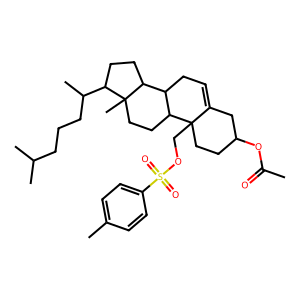
SMILES: CC(=O)OC1CCC2(COS(=O)(=O)c3ccc(C)cc3)C(=CCC3C2CCC2(C)C(C(C)CCCC(C)C)CCC32)C1
Inhibits HIV replication: No